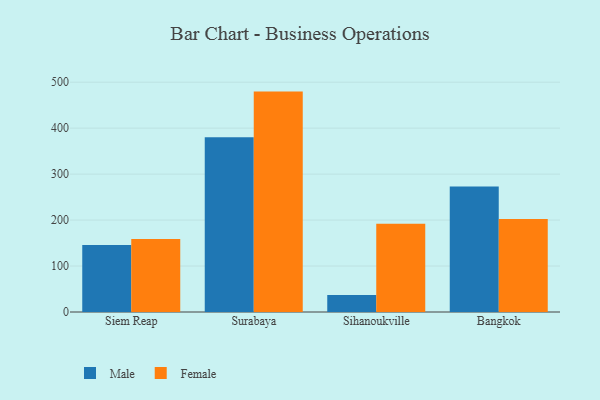
{"axis": {"x": "City", "y": "Tickets Resolved"}, "legend": ["Female", "Male"], "data": [{"x": "Siem Reap", "y": 145.7, "type": "Male"}, {"x": "Siem Reap", "y": 158.9, "type": "Female"}, {"x": "Surabaya", "y": 380.0, "type": "Male"}, {"x": "Surabaya", "y": 479.5, "type": "Female"}, {"x": "Sihanoukville", "y": 37.2, "type": "Male"}, {"x": "Sihanoukville", "y": 192.1, "type": "Female"}, {"x": "Bangkok", "y": 273.2, "type": "Male"}, {"x": "Bangkok", "y": 202.2, "type": "Female"}]}